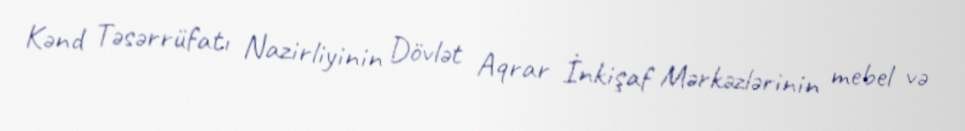
Kənd Təsərrüfatı Nazirliyinin Dövlət Aqrar İnkişaf Mərkəzlərinin mebel və